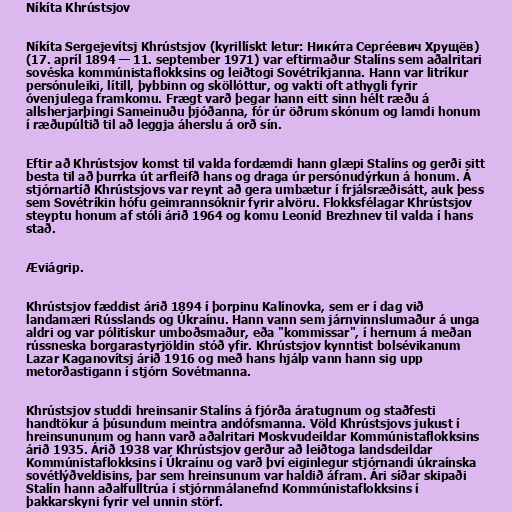
Níkíta Khrústsjov

Níkíta Sergejevítsj Khrústsjov (kyrillískt letur: Ники́та Серге́евич Хрущёв)
(17. apríl 1894 — 11. september 1971) var eftirmaður Stalíns sem aðalritari
sovéska kommúnistaflokksins og leiðtogi Sovétríkjanna. Hann var litríkur
persónuleiki, lítill, þybbinn og sköllóttur, og vakti oft athygli fyrir
óvenjulega framkomu. Frægt varð þegar hann eitt sinn hélt ræðu á
allsherjarþingi Sameinuðu þjóðanna, fór úr öðrum skónum og lamdi honum
í ræðupúltið til að leggja áherslu á orð sín.

Eftir að Khrústsjov komst til valda fordæmdi hann glæpi Stalíns og gerði sitt
besta til að þurrka út arfleifð hans og draga úr persónudýrkun á honum. Á
stjórnartíð Khrústsjovs var reynt að gera umbætur í frjálsræðisátt, auk þess
sem Sovétríkin hófu geimrannsóknir fyrir alvöru. Flokksfélagar Khrústsjov
steyptu honum af stóli árið 1964 og komu Leoníd Brezhnev til valda í hans
stað.

Æviágrip.

Khrústsjov fæddist árið 1894 í þorpinu Kalínovka, sem er í dag við
landamæri Rússlands og Úkraínu. Hann vann sem járnvinnslumaður á unga
aldri og var pólitískur umboðsmaður, eða "kommissar", í hernum á meðan
rússneska borgarastyrjöldin stóð yfir. Khrústsjov kynntist bolsévikanum
Lazar Kaganovítsj árið 1916 og með hans hjálp vann hann sig upp
metorðastigann í stjórn Sovétmanna.

Khrústsjov studdi hreinsanir Stalíns á fjórða áratugnum og staðfesti
handtökur á þúsundum meintra andófsmanna. Völd Khrústsjovs jukust í
hreinsununum og hann varð aðalritari Moskvudeildar Kommúnistaflokksins
árið 1935. Árið 1938 var Khrústsjov gerður að leiðtoga landsdeildar
Kommúnistaflokksins í Úkraínu og varð því eiginlegur stjórnandi úkraínska
sovétlýðveldisins, þar sem hreinsunum var haldið áfram. Ári síðar skipaði
Stalín hann aðalfulltrúa í stjórnmálanefnd Kommúnistaflokksins í
þakkarskyni fyrir vel unnin störf.